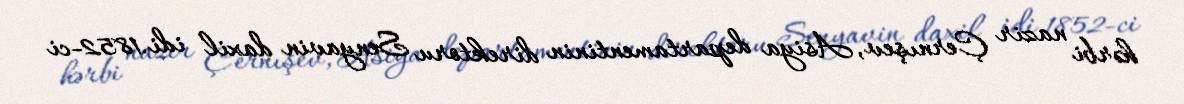
hərbi nazir Çernışev, Asiya departamentinin direktoru Senyavin daxil idi.1852-ci